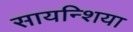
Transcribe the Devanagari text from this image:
सायन्शिया